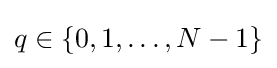
q\in \{0,1,\ldots ,N-1\}